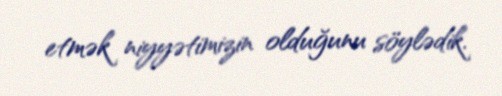
etmək niyyətimizin olduğunu söylədik.